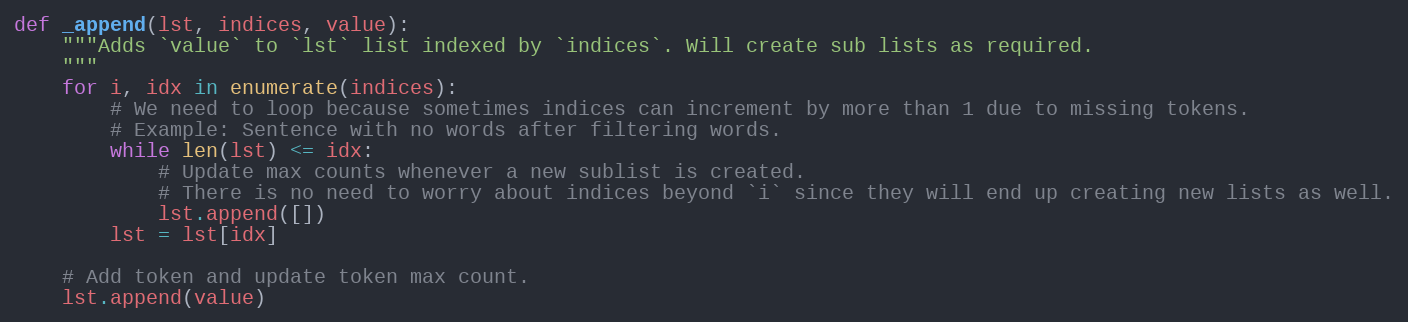
Language: Python
def _append(lst, indices, value):
    """Adds `value` to `lst` list indexed by `indices`. Will create sub lists as required.
    """
    for i, idx in enumerate(indices):
        # We need to loop because sometimes indices can increment by more than 1 due to missing tokens.
        # Example: Sentence with no words after filtering words.
        while len(lst) <= idx:
            # Update max counts whenever a new sublist is created.
            # There is no need to worry about indices beyond `i` since they will end up creating new lists as well.
            lst.append([])
        lst = lst[idx]

    # Add token and update token max count.
    lst.append(value)